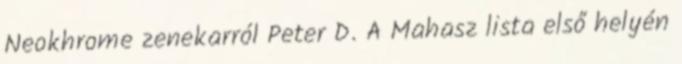
Neokhrome zenekarról Peter D. A Mahasz lista első helyén